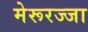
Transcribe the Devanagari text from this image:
मेरूरज्जा